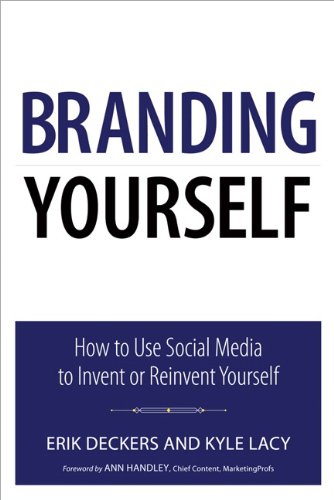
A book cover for Branding Yourself: How to Use Social Media to Invent or Reinvent Yourself (Que Biz-Tech); Erik Deckers; Computers & Technology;